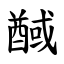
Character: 䤋